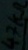
Text: 47KΩ